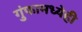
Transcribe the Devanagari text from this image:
गुंफामध्येही